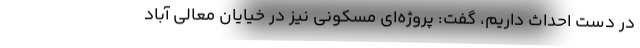
در دست احداث داریم، گفت: پروژه‌ای مسکونی نیز در خیایان معالي آباد